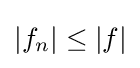
{\textstyle \left\vert f_{n}\right\vert \leq \left\vert f\right\vert }